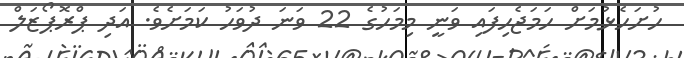
ހުށަހެޅުމަށް ހަމަޖެހިފައި ވަނީ މިމަހުގެ 22 ވަނަ ދުވަހު ކަަމަށެވެ. އަދި ޕްރޮޕޯޒަލް